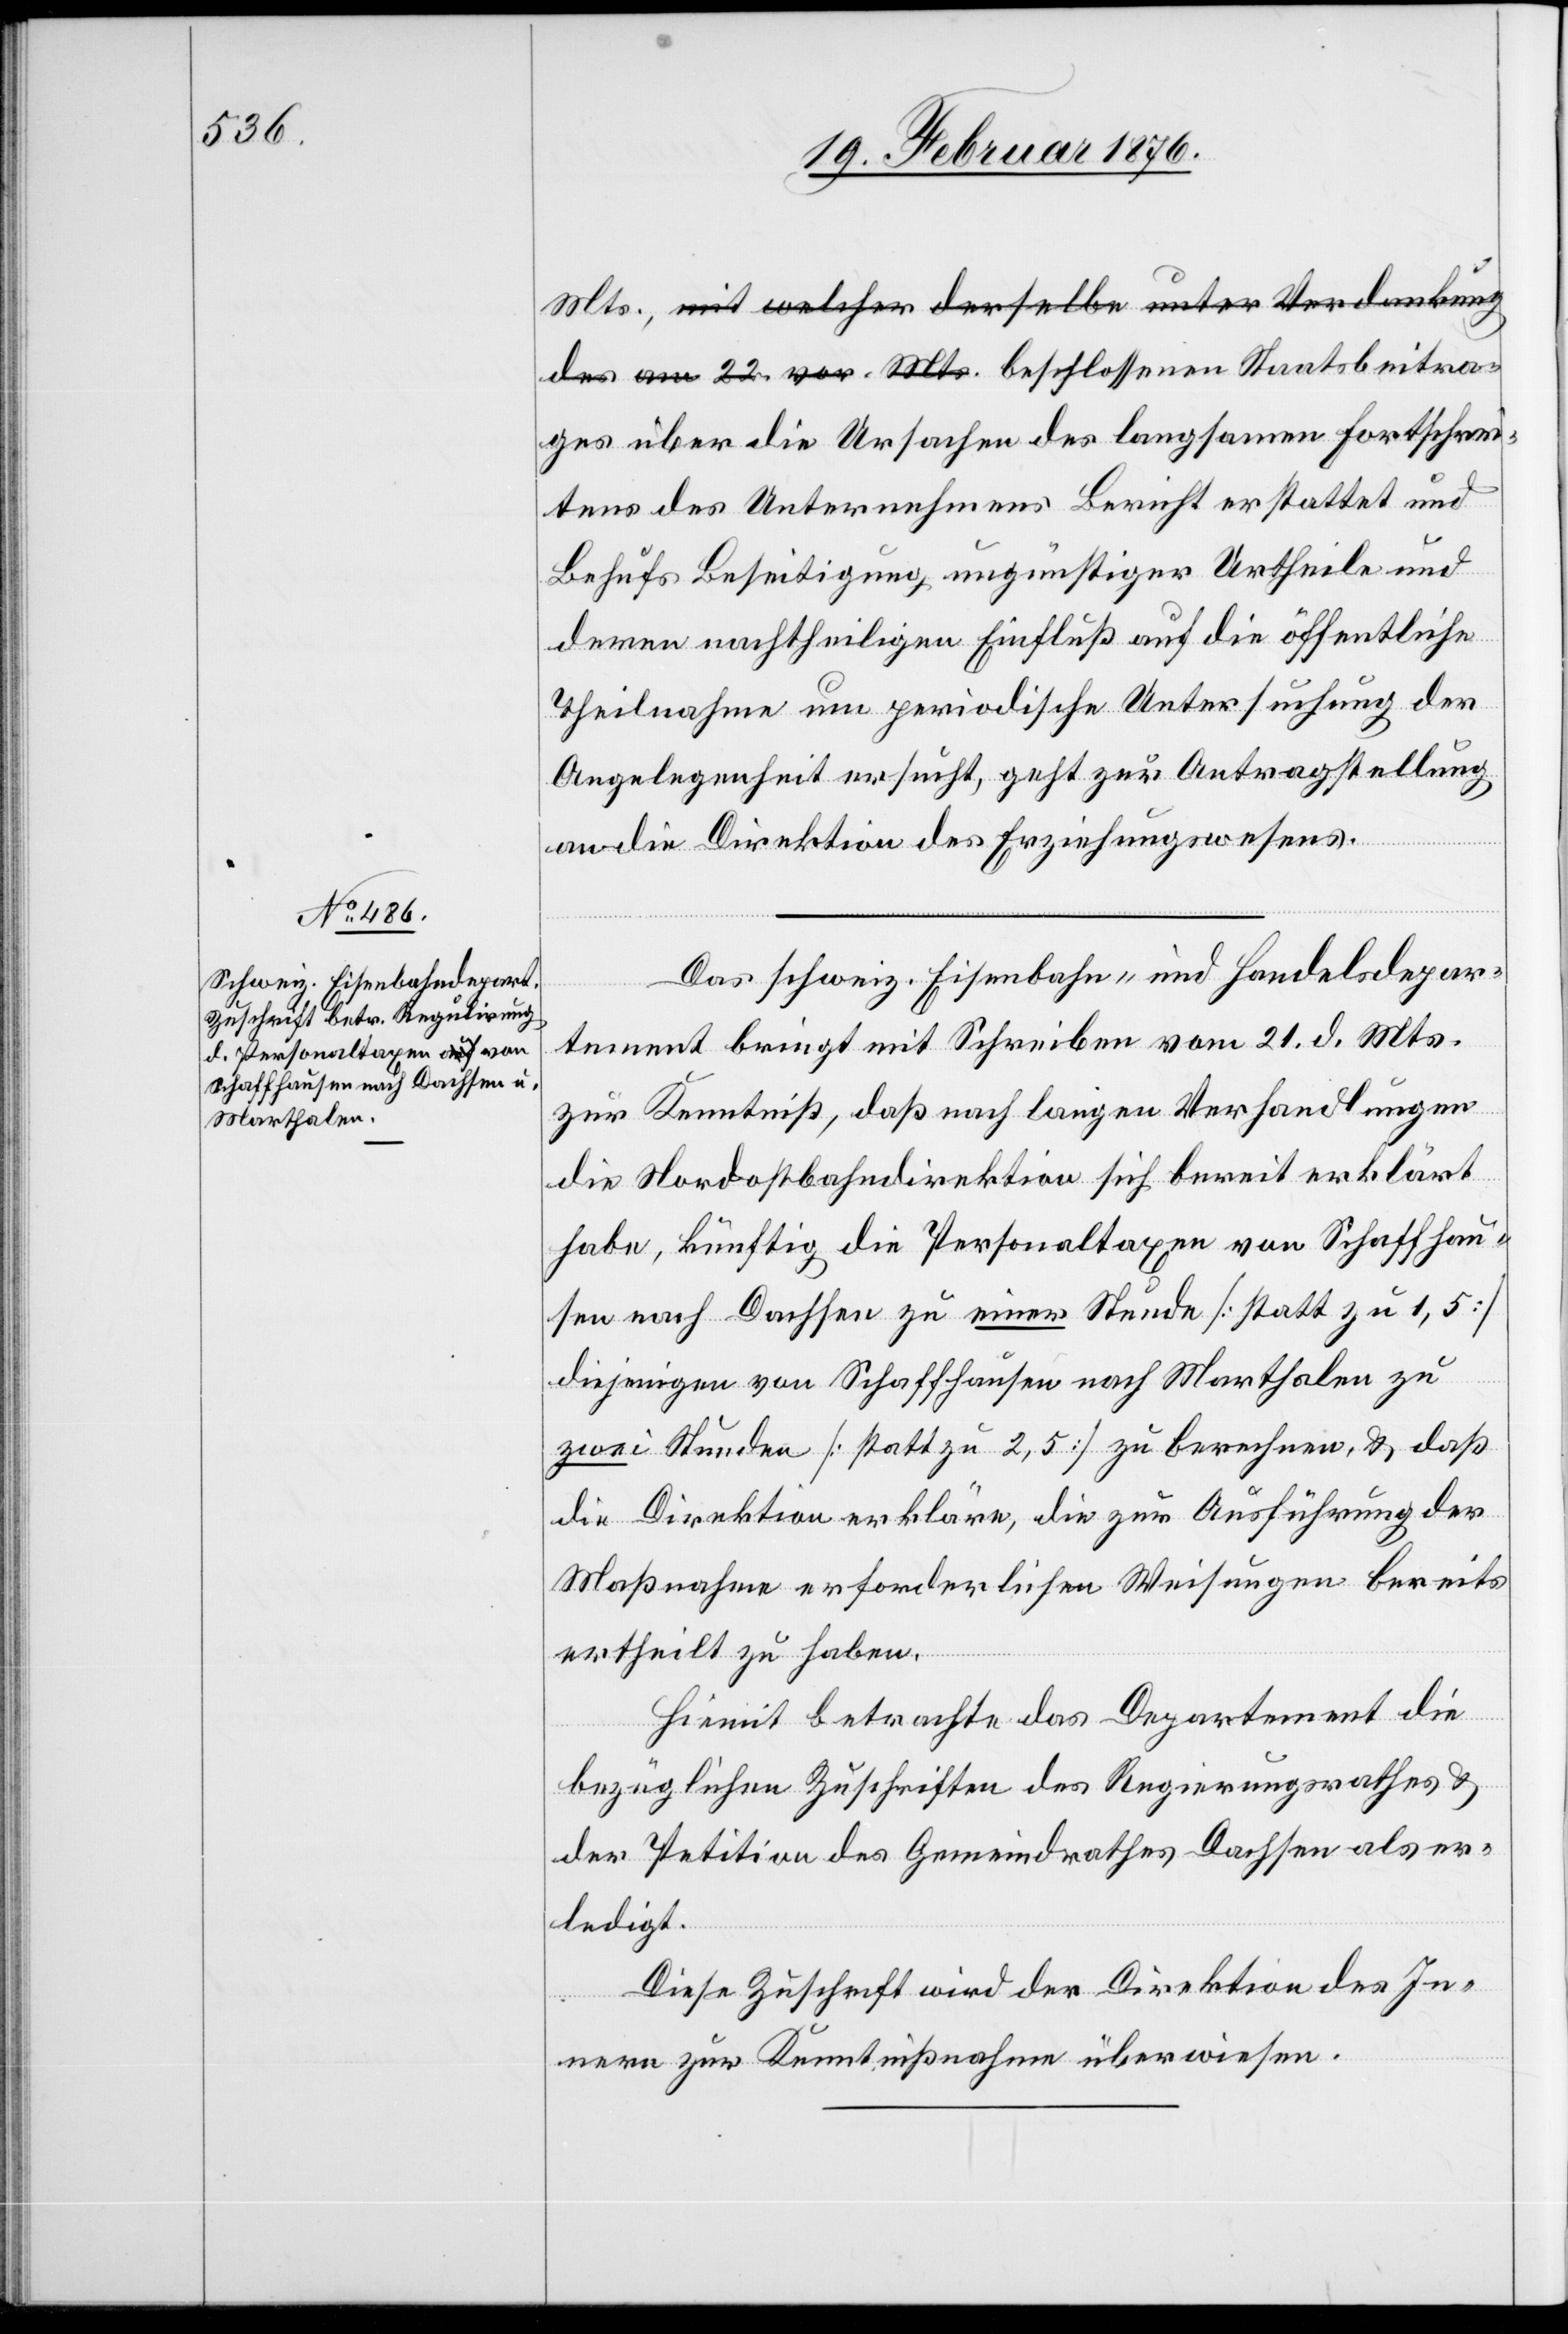
23. Februar 1876.]
ges über die Ursachen des langsamen Fortschri¬
ttes des Unternehmens Bericht erstattet und
Behufs Beseitigung ungünstiger Urtheile und
deren nachtheiligen Einfluß auf die öffentliche
Theilnahme um periodische Untersuchung der
Angelegenheit ersucht, geht zur Antragstellung
beitra¬
an die Direktion des Erziehungswesens.
Das schweiz. Eisenbahn- und Handelsdepar¬
tement bringt mit Schreiben vom 21. d. Mts.
zur Kenntniß, daß nach langen Verhandlungen
die Nordostbahndirektion sich bereit erklärt
habe, künftig die Personaltaxen von Schaffhau¬
sen nach Dachsen zu einer Stunde [statt zu 1,5]
enen
diejenigen von Schaffhausen nach Marthalen zu
zwei Stunden [statt zu 2,5] zu berechnen, & daß
die Direktion erkläre, die zur Ausführung der
Maßnahme erforderlichen Weisungen bereits
ertheilt zu haben.
Hiemit betrachte das Departement die
bezüglichen Zuschriften des Regierungsrathes &
der Petition des Gemeindrathes Dachsen als er¬
ledigt.
Diese Zuschrift wird der Direktion des In¬
Staats¬
nern zur Kenntnißnahme überwiesen.